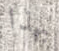
بهذا